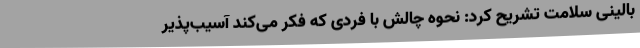
بالینی سلامت تشریح کرد: نحوه چالش با فردی که فکر می‌کند آسیب‌پذیر